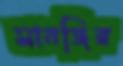
সানজির